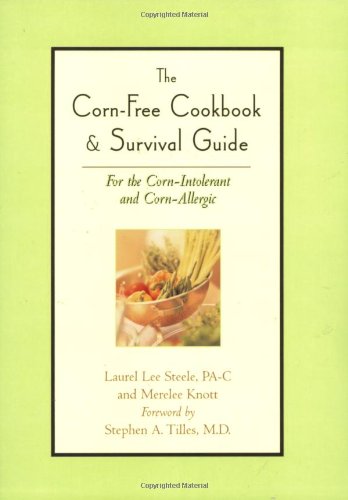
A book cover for Corn-Free Cookbook and Survival Guide: For the Corn-Intolerant and Corn-Allergic; Laurel Lee Steele; Health, Fitness & Dieting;